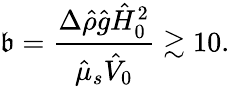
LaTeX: \mathfrak{b}=\frac{{\Delta\hat{{\rho}}\hat{{g}}\hat{{H}}_{0}^{2}}}{{\hat{{\mu}}_{s}\hat{{V}}_{0}}}\gtrsim10.